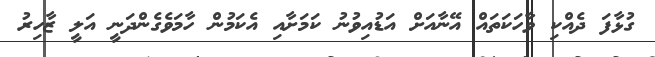
ގުޅާފަ ދެއްކި ވާހަކަތައް އޭނާއަށް އަޑުއިވުނު ކަމަށާއި އެކަމުން ހާމަވެގެންދަނީ އަލީ ޒާހިރު